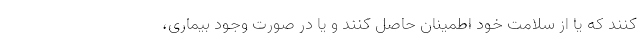
کنند که یا از سلامت خود اطمینان حاصل کنند و یا در صورت وجود بیماری،